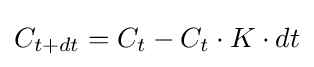
C_{t+dt}=C_{t}-C_{t}\cdot K\cdot dt